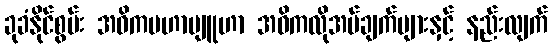
ခုခံနိုင်စွမ်း အဓိကမဟာဗျူဟာ အဓိကလိုအပ်ချက်များနှင့် နည်းလျက်